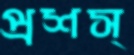
প্রশস্